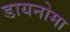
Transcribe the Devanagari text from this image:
डायनोमा